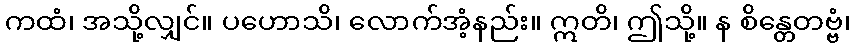
ကထံ၊ အသို့လျှင်။ ပဟောသိ၊ လောက်အံ့နည်း။ ဣတိ၊ ဤသို့။ န စိန္တေတဗ္ဗံ၊